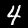
Label: 4